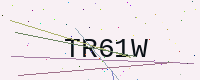
Text: TR61W